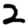
Digit: 2